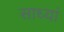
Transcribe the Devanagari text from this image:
साध्यां